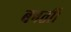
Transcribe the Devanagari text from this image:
बनतीं।